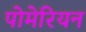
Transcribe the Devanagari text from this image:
पोमेरियन